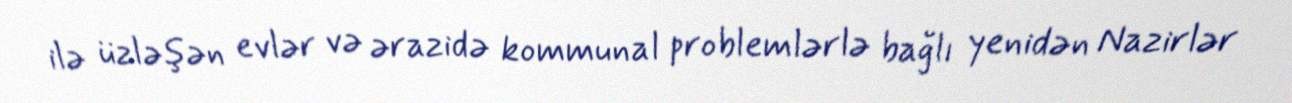
ilə üzləşən evlər və ərazidə kommunal problemlərlə bağlı yenidən Nazirlər